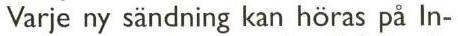
Varje ny sändning kan höras på In-